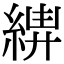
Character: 𦁰